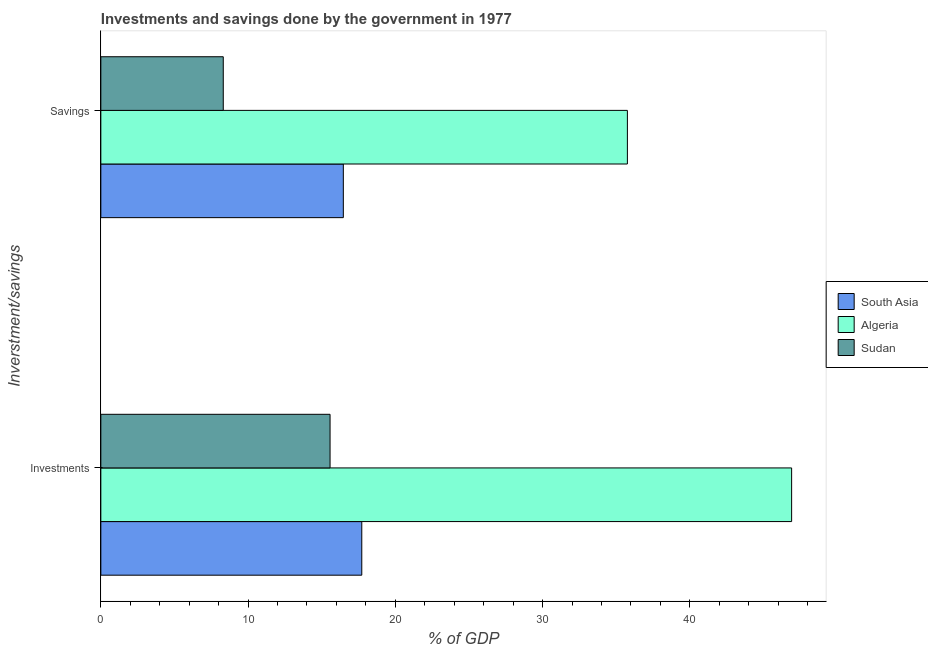
| Inverstment/savings | South Asia | Algeria | Sudan |
 | --- | --- | --- | --- |
 | Investments | 17.7 | 46.9 | 15.6 |
 | Savings | 16.5 | 35.8 | 8.31 |